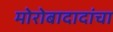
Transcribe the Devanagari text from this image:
मोरोबादादांचा